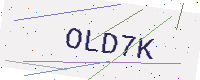
Text: OLD7K